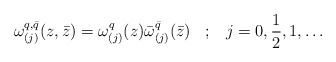
\begin{align*}\omega^{q,\bar{q}}_{(j)}(z,\bar{z})= \omega^q_{(j)}(z)\bar{\omega}^{\bar{q}}_{(j)}(\bar{z}) \;\;\; ; \;\;\; j=0,\frac{1}{2},1,\ldots\end{align*}